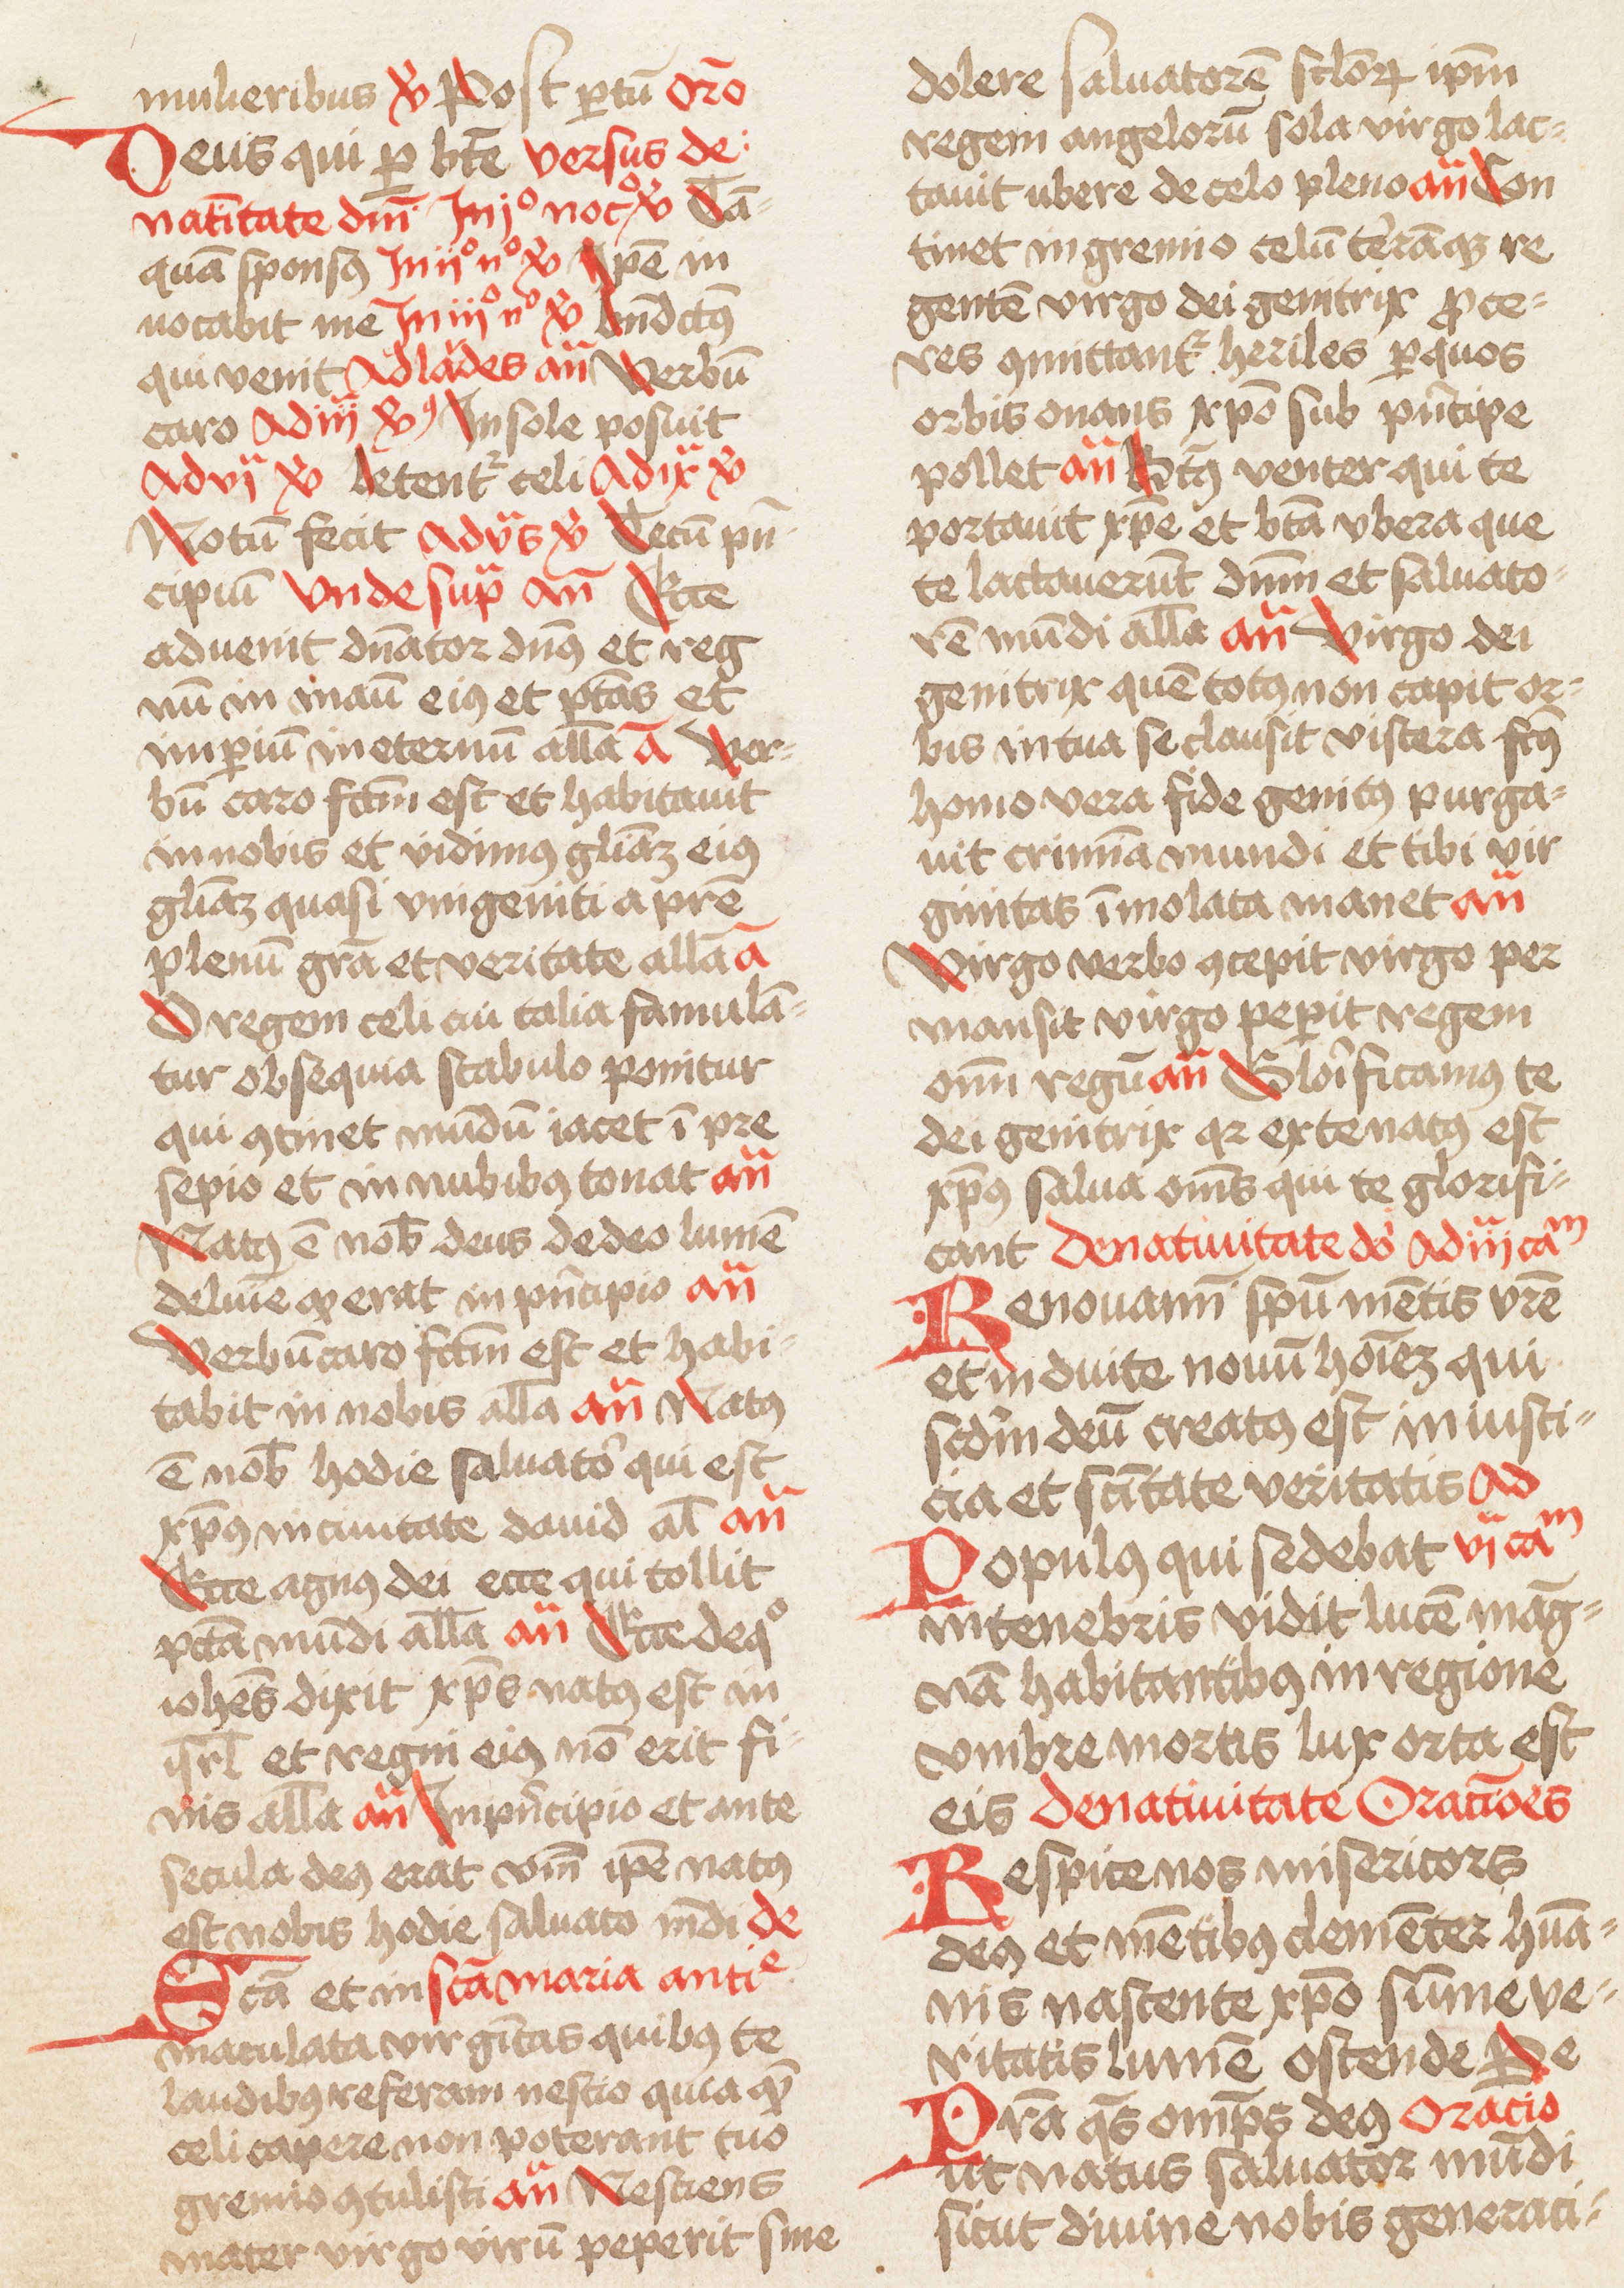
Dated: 1466–1466